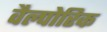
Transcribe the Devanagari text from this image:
वैल्पोरिक